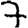
Digit: 7